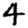
Digit: 4